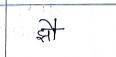
मजकूर: झौ